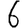
Digit: 6